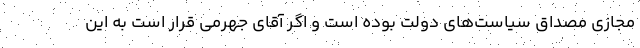
مجازی مصداق سیاست‌های دولت بوده است و اگر آقای جهرمی قرار است به این